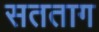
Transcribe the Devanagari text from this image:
सतताग